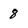
Character: 8